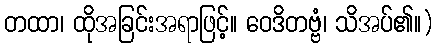
တထာ၊ ထိုအခြင်းအရာဖြင့်။ ဝေဒိတဗ္ဗံ၊ သိအပ်၏။)